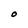
Character: O